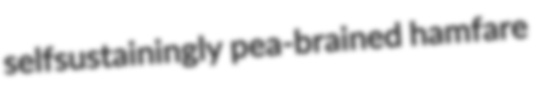
selfsustainingly pea-brained hamfare